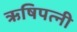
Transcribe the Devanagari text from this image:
ऋषिपत्नी